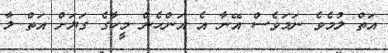
އަތް ލުމެވެ ނަމަވެސް އޭނާ އެ އަންހެން މީހާގެ ގަޔަށް އަތް ލާ